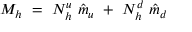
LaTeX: M _ { h } ~ = ~ N _ { h } ^ { u } ~ \hat { m } _ { u } ~ + ~ N _ { h } ^ { d } ~ \hat { m } _ { d }